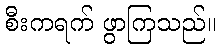
စီးကရက် ဖွာကြသည်။